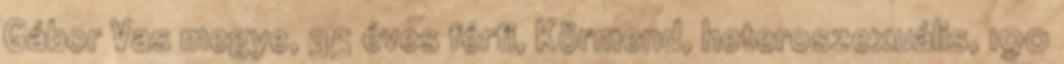
Gábor Vas megye, 35 éves férfi, Körmend, heteroszexuális, 190